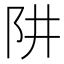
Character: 阱